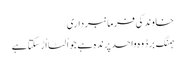
خاوند کی فرمانبرداری
ہمنگ برڈ وہ واحد پرندہ ہے جو اُلٹا اُڑ سکتا ہے